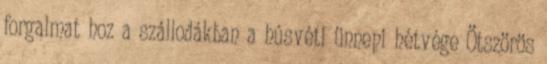
forgalmat hoz a szállodákban a húsvéti ünnepi hétvége Ötszörös